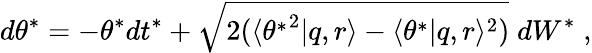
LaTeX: d\theta^{*}=-\theta^{*}dt^{*}+\sqrt{2(\langle{\theta^{*}}^{2}|q,r\rangle-\langle\theta^{*}|q,r\rangle^{2})}\; dW^{*}\; ,